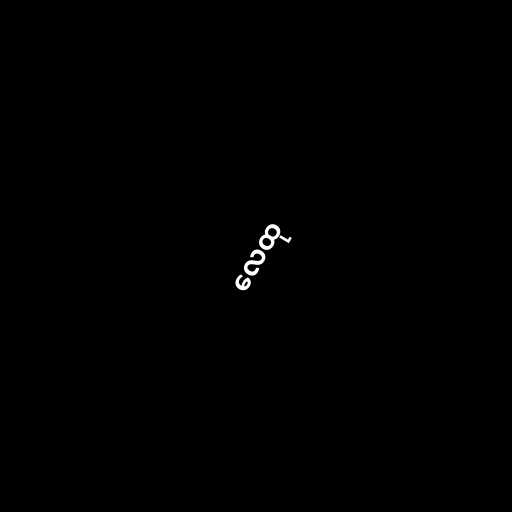
လေထု